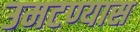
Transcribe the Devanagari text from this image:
उमटण्यास